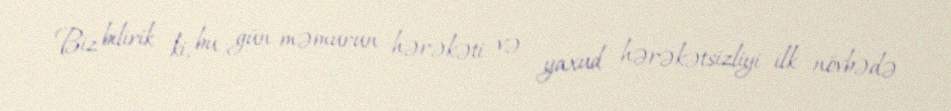
Biz bilirik ki, bu gün məmurun hərəkəti və yaxud hərəkətsizliyi ilk növbədə